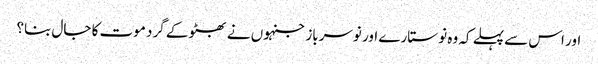
اور اس سے پہلے کہ وہ نو ستارے اور نوسرباز جنہوں نے بھٹو کے گرد موت کا جال بنا؟